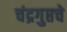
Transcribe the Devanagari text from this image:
चंद्रगुप्तचे